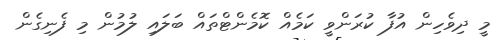
މީ ދިވެހިން އުފާ ކުރަންވީ ކަމެއް ކޮމެންޓްތައް ބަލައި ލުމުން މި ފެނިގެން